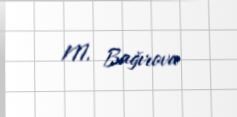
M. Bağırova